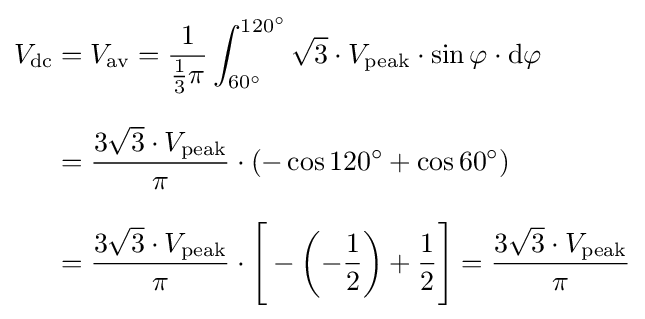
{\begin{aligned}V_{\mathrm {dc} }={}&V_{\mathrm {av} }={\frac {1}{{\frac {1}{3}}\pi }}\int _{60^{\circ }}^{120^{\circ }}{\sqrt {3}}\cdot V_{\mathrm {peak} }\cdot \sin \varphi \cdot \mathrm {d} \varphi \\[8pt]={}&{\frac {3{\sqrt {3}}\cdot V_{\mathrm {peak} }}{\pi }}\cdot \left(-\cos 120^{\circ }+\cos 60^{\circ }\right)\\[8pt]={}&{\frac {3{\sqrt {3}}\cdot V_{\mathrm {peak} }}{\pi }}\cdot {\Biggl [}-\left(-{\frac {1}{2}}\right)+{\frac {1}{2}}{\Biggl ]}={\frac {3{\sqrt {3}}\cdot V_{\mathrm {peak} }}{\pi }}\end{aligned}}